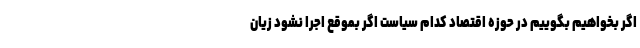
اگر بخواهیم بگوییم در حوزه اقتصاد کدام سیاست اگر بموقع اجرا نشود زیان